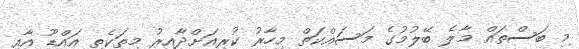
މި ބަސްތައް މާލެ ބޭލުމުގެ މަސައްކަތް މިހާރު ކުރިއަށްދާއިރު މިތަކެތި އައްޑޫ އާއި